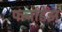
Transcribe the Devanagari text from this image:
फर्नांडेझ